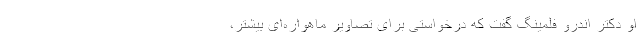
او دکتر اندرو فلمینگ گفت که درخواستی برای تصاویر ماهواره‌ای بیشتر،